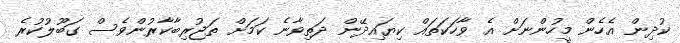
ކުދިން އެހެން މީހުންނަށް އެ ވާހަކަތައް ކިޔައިދޭން ދަތިވާނެ ކަމަށް ތަޖުރިބާކާރުންވެސް ގަބޫލުކުރެ